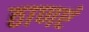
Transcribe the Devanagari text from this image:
ठाणएं